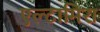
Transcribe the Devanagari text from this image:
एल्टामिरा